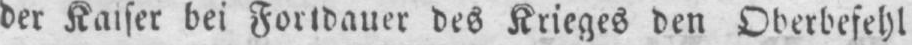
der Kaiser bei Fortdauer des Krieges den Oberbefehl